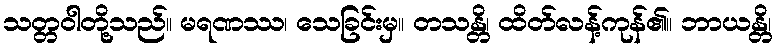
သတ္တဝါတို့သည်။ မရဏဿ၊ သေခြင်းမှ။ တသန္တိ၊ ထိတ်လန့်ကုန်၏။ ဘာယန္တိ၊